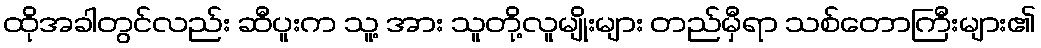
ထိုအခါတွင်လည်း ဆီပူးက သူ့ အား သူတို့လူမျိုးများ တည်မှီရာ သစ်တောကြီးများ၏